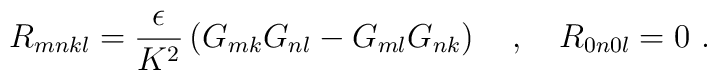
R_{mnkl} = \frac{\epsilon}{K^2} \left( G_{mk} G_{nl} -      G_{ml} G_{nk} \right) \ \ \ ,\ \ \ R_{0n0l} = 0 \ .